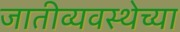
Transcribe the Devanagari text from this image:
जातीव्यवस्थेच्या